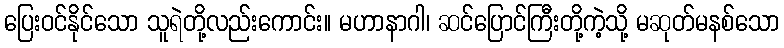
ပြေးဝင်နိုင်သော သူရဲတို့လည်းကောင်း။ မဟာနာဂါ၊ ဆင်ပြောင်ကြီးတို့ကဲ့သို့ မဆုတ်မနစ်သော